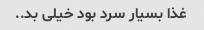
غذا بسیار سرد بود خیلی بد..